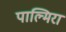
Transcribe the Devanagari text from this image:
पाल्मिरा